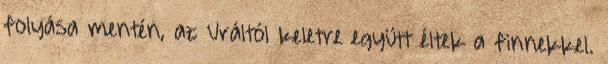
folyása mentén, az Uráltól keletre együtt éltek a finnekkel.